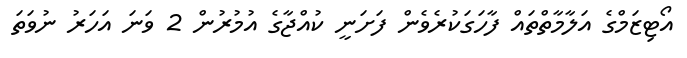
އޯޓިޒަމްގެ އަލާމާތްތައް ފާހަގަކުރެވެން ފަށަނީ ކުއްޖާގެ އުމުރުން 2 ވަނަ އަހަރު ނުވަތަ